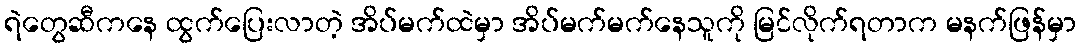
ရဲတွေဆီကနေ ထွက်ပြေးလာတဲ့ အိပ်မက်ထဲမှာ အိပ်မက်မက်နေသူကို မြင်လိုက်ရတာက မနက်ဖြန်မှာ